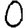
Digit: 0